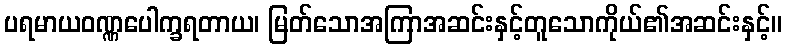
ပရမာယဝဏ္ဏပေါက္ခရတာယ၊ မြတ်သောအကြာအဆင်းနှင့်တူသောကိုယ်၏အဆင်းနှင့်။